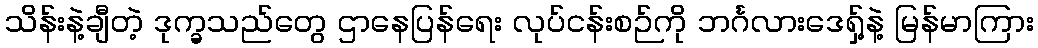
သိန်းနဲ့ချီတဲ့ ဒုက္ခသည်တွေ ဌာနေပြန်ရေး လုပ်ငန်းစဉ်ကို ဘင်္ဂလားဒေရှ့်နဲ့ မြန်မာကြား